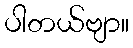
ပါတယ်ဗျာ။